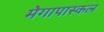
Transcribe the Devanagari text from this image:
मेगापास्कल